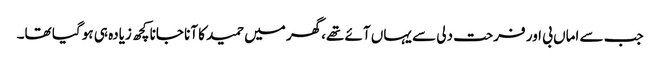
جب سے اماں بی اور فرحت دلی سے یہاں آئے تھے،گھر میں حمید کا آنا جانا کچھ زیادہ ہی ہو گیا تھا۔